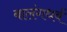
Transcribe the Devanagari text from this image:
बालंगधर्व